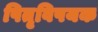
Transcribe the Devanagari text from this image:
पितृविषयक